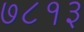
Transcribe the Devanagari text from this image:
७८१३